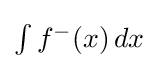
{\textstyle \int f^{-}(x)\,dx}